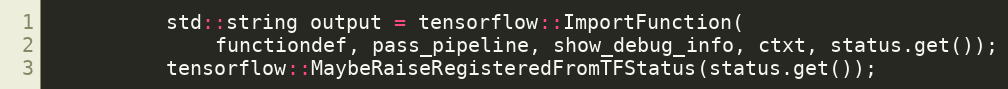
Language: C++
          std::string output = tensorflow::ImportFunction(
              functiondef, pass_pipeline, show_debug_info, ctxt, status.get());
          tensorflow::MaybeRaiseRegisteredFromTFStatus(status.get());